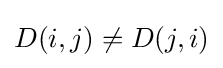
D(i,j)\neq D(j,i)